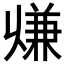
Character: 𠔨